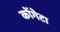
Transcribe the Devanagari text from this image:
कोंगेटा